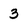
Character: 3